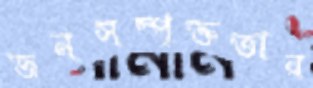
জনসম্পৃক্ততার